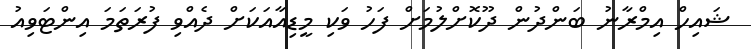
ޝައިހް އިމްރާނު ބަންދުން ދޫކޮށްލުމަށް ފަހު ވަކި މީޑިއާއަކަށް ދެއްވި ފުރަތަމަ އިންޓަވިއު